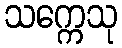
သက္ကေသု